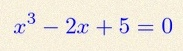
x^3-2x+5=0